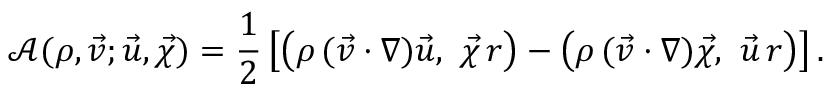
\mathscr { A } ( \rho , \vec { v } ; \vec { u } , \vec { \chi } ) = \frac { 1 } { 2 } \left[ \bigl ( \rho \, ( \vec { v } \cdot \nabla ) \vec { u } , ~ \vec { \chi } \, r \bigr ) - \bigl ( \rho \, ( \vec { v } \cdot \nabla ) \vec { \chi } , ~ \vec { u } \, r \bigr ) \right] .